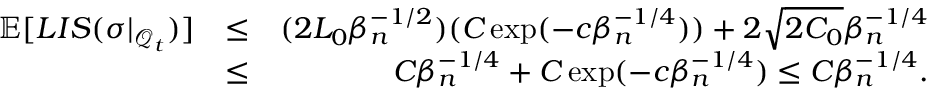
\begin{array} { r l r } { \mathbb { E } [ L I S ( \sigma | _ { \mathcal { Q } _ { t } } ) ] } & { \leq } & { ( 2 L _ { 0 } \beta _ { n } ^ { - 1 \slash 2 } ) ( C \exp ( - c \beta _ { n } ^ { - 1 \slash 4 } ) ) + 2 \sqrt { 2 C _ { 0 } } \beta _ { n } ^ { - 1 \slash 4 } } \\ & { \leq } & { C \beta _ { n } ^ { - 1 \slash 4 } + C \exp ( - c \beta _ { n } ^ { - 1 \slash 4 } ) \leq C \beta _ { n } ^ { - 1 \slash 4 } . } \end{array}